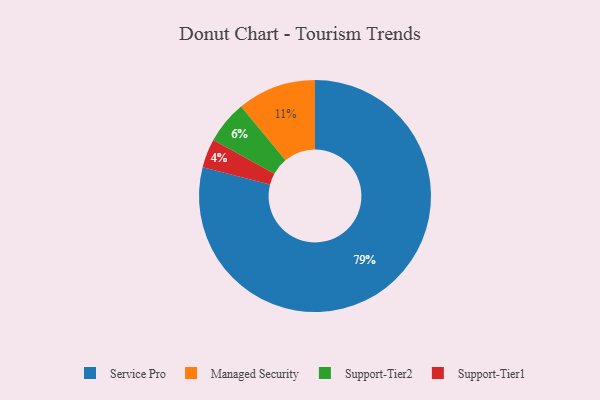
{"axis": {"x": "Category", "y": "Percentage"}, "legend": ["Managed Security", "Service Pro", "Support-Tier1", "Support-Tier2"], "data": [{"x": "Managed Security", "y": 11, "type": "Managed Security"}, {"x": "Service Pro", "y": 79, "type": "Service Pro"}, {"x": "Support-Tier1", "y": 4, "type": "Support-Tier1"}, {"x": "Support-Tier2", "y": 6, "type": "Support-Tier2"}]}